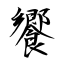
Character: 饗